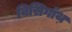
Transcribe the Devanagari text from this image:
विसिगॉथ़